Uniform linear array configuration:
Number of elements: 48
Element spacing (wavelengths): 0.5
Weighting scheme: hann
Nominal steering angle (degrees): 45
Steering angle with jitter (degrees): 46.206
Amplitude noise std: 0.05
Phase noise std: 0.05

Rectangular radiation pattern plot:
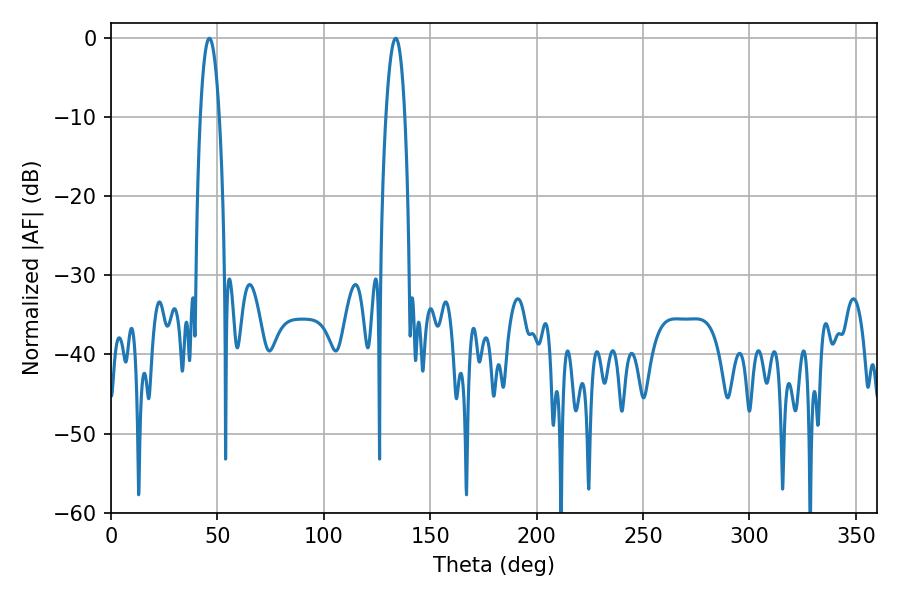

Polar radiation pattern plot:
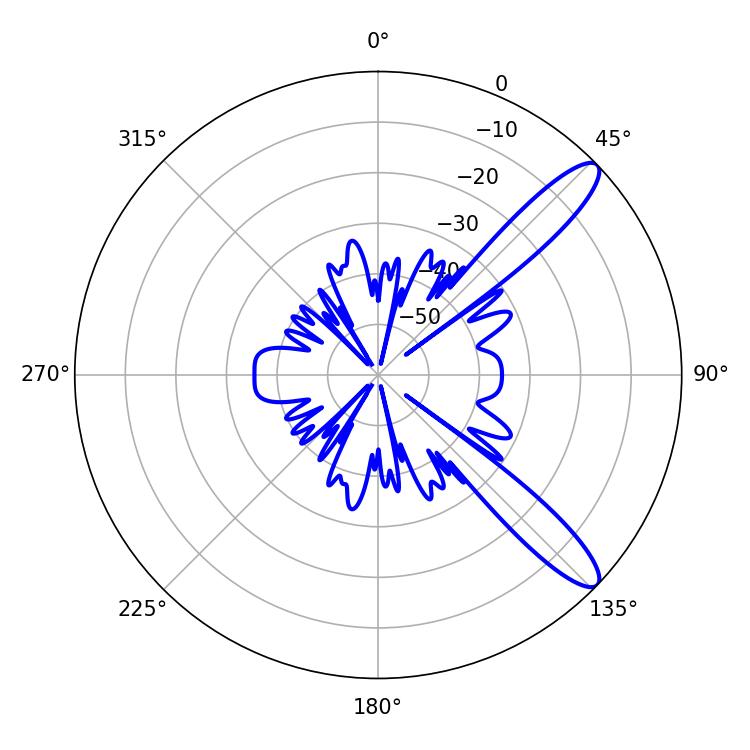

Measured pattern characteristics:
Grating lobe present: FALSE
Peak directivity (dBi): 11.718
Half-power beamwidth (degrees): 5.04
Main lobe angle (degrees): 46.26